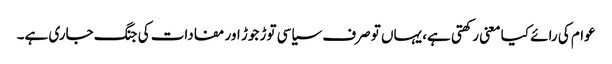
عوام کی رائے کیا معنی رکھتی ہے، یہاں تو صرف سیاسی توڑ جوڑ اور مفادات کی جنگ جاری ہے۔